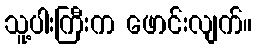
သူ့ပါးကြီးက ဖောင်းလျက်။